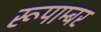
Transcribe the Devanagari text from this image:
रूपाम्बर